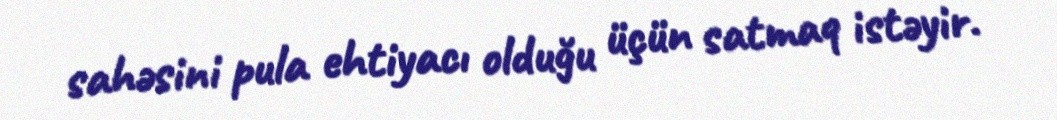
sahəsini pula ehtiyacı olduğu üçün satmaq istəyir.